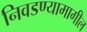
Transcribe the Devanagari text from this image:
निवडण्यामागील